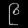
Digit: ၉